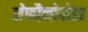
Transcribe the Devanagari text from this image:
सेफौलोपोडा